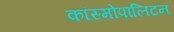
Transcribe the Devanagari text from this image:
कॉस्मोपालिटन